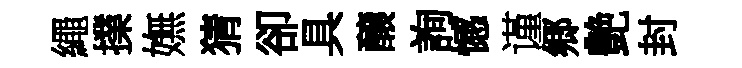
繩擈嫵猜卻具醸詢憾谨郷艶封